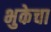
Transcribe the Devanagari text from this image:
भुकेचा